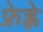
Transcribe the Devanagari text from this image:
फ्रेह्ले